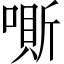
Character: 𠼹